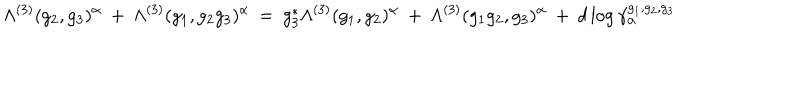
\Lambda ^ { ( 3 ) } ( g _ { 2 } , g _ { 3 } ) ^ { \alpha } \: + \: \Lambda ^ { ( 3 ) } ( g _ { 1 } , g _ { 2 } g _ { 3 } ) ^ { \alpha } \: = \: g _ { 3 } ^ { * } \Lambda ^ { ( 3 ) } ( g _ { 1 } , g _ { 2 } ) ^ { \alpha } \: + \: \Lambda ^ { ( 3 ) } ( g _ { 1 } g _ { 2 } , g _ { 3 } ) ^ { \alpha } \: + \: d \log \gamma _ { \alpha } ^ { g _ { 1 } , g _ { 2 } , g _ { 3 } }